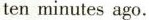
ten minutes ago.